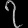
Digit: ၇